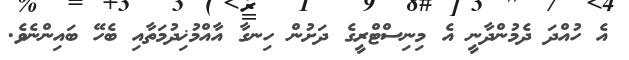
އެ ހުއްދަ ދެމުންދާނީ އެ މިނިސްޓްރީގެ ދަށުން ހިނގާ އާއްމުޚިދުމަތާއި ބެހޭ ބައިންނެވެ.